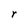
Character: r